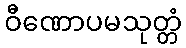
ဝီဏောပမသုတ္တံ